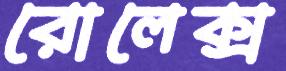
রোলেক্স